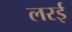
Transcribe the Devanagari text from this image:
लरई